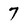
Character: 7